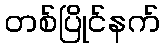
တစ်ပြိုင်နက်